65_HS1-834228961_62-HQ-83894_Section_2
Agency: FBI
Page 28
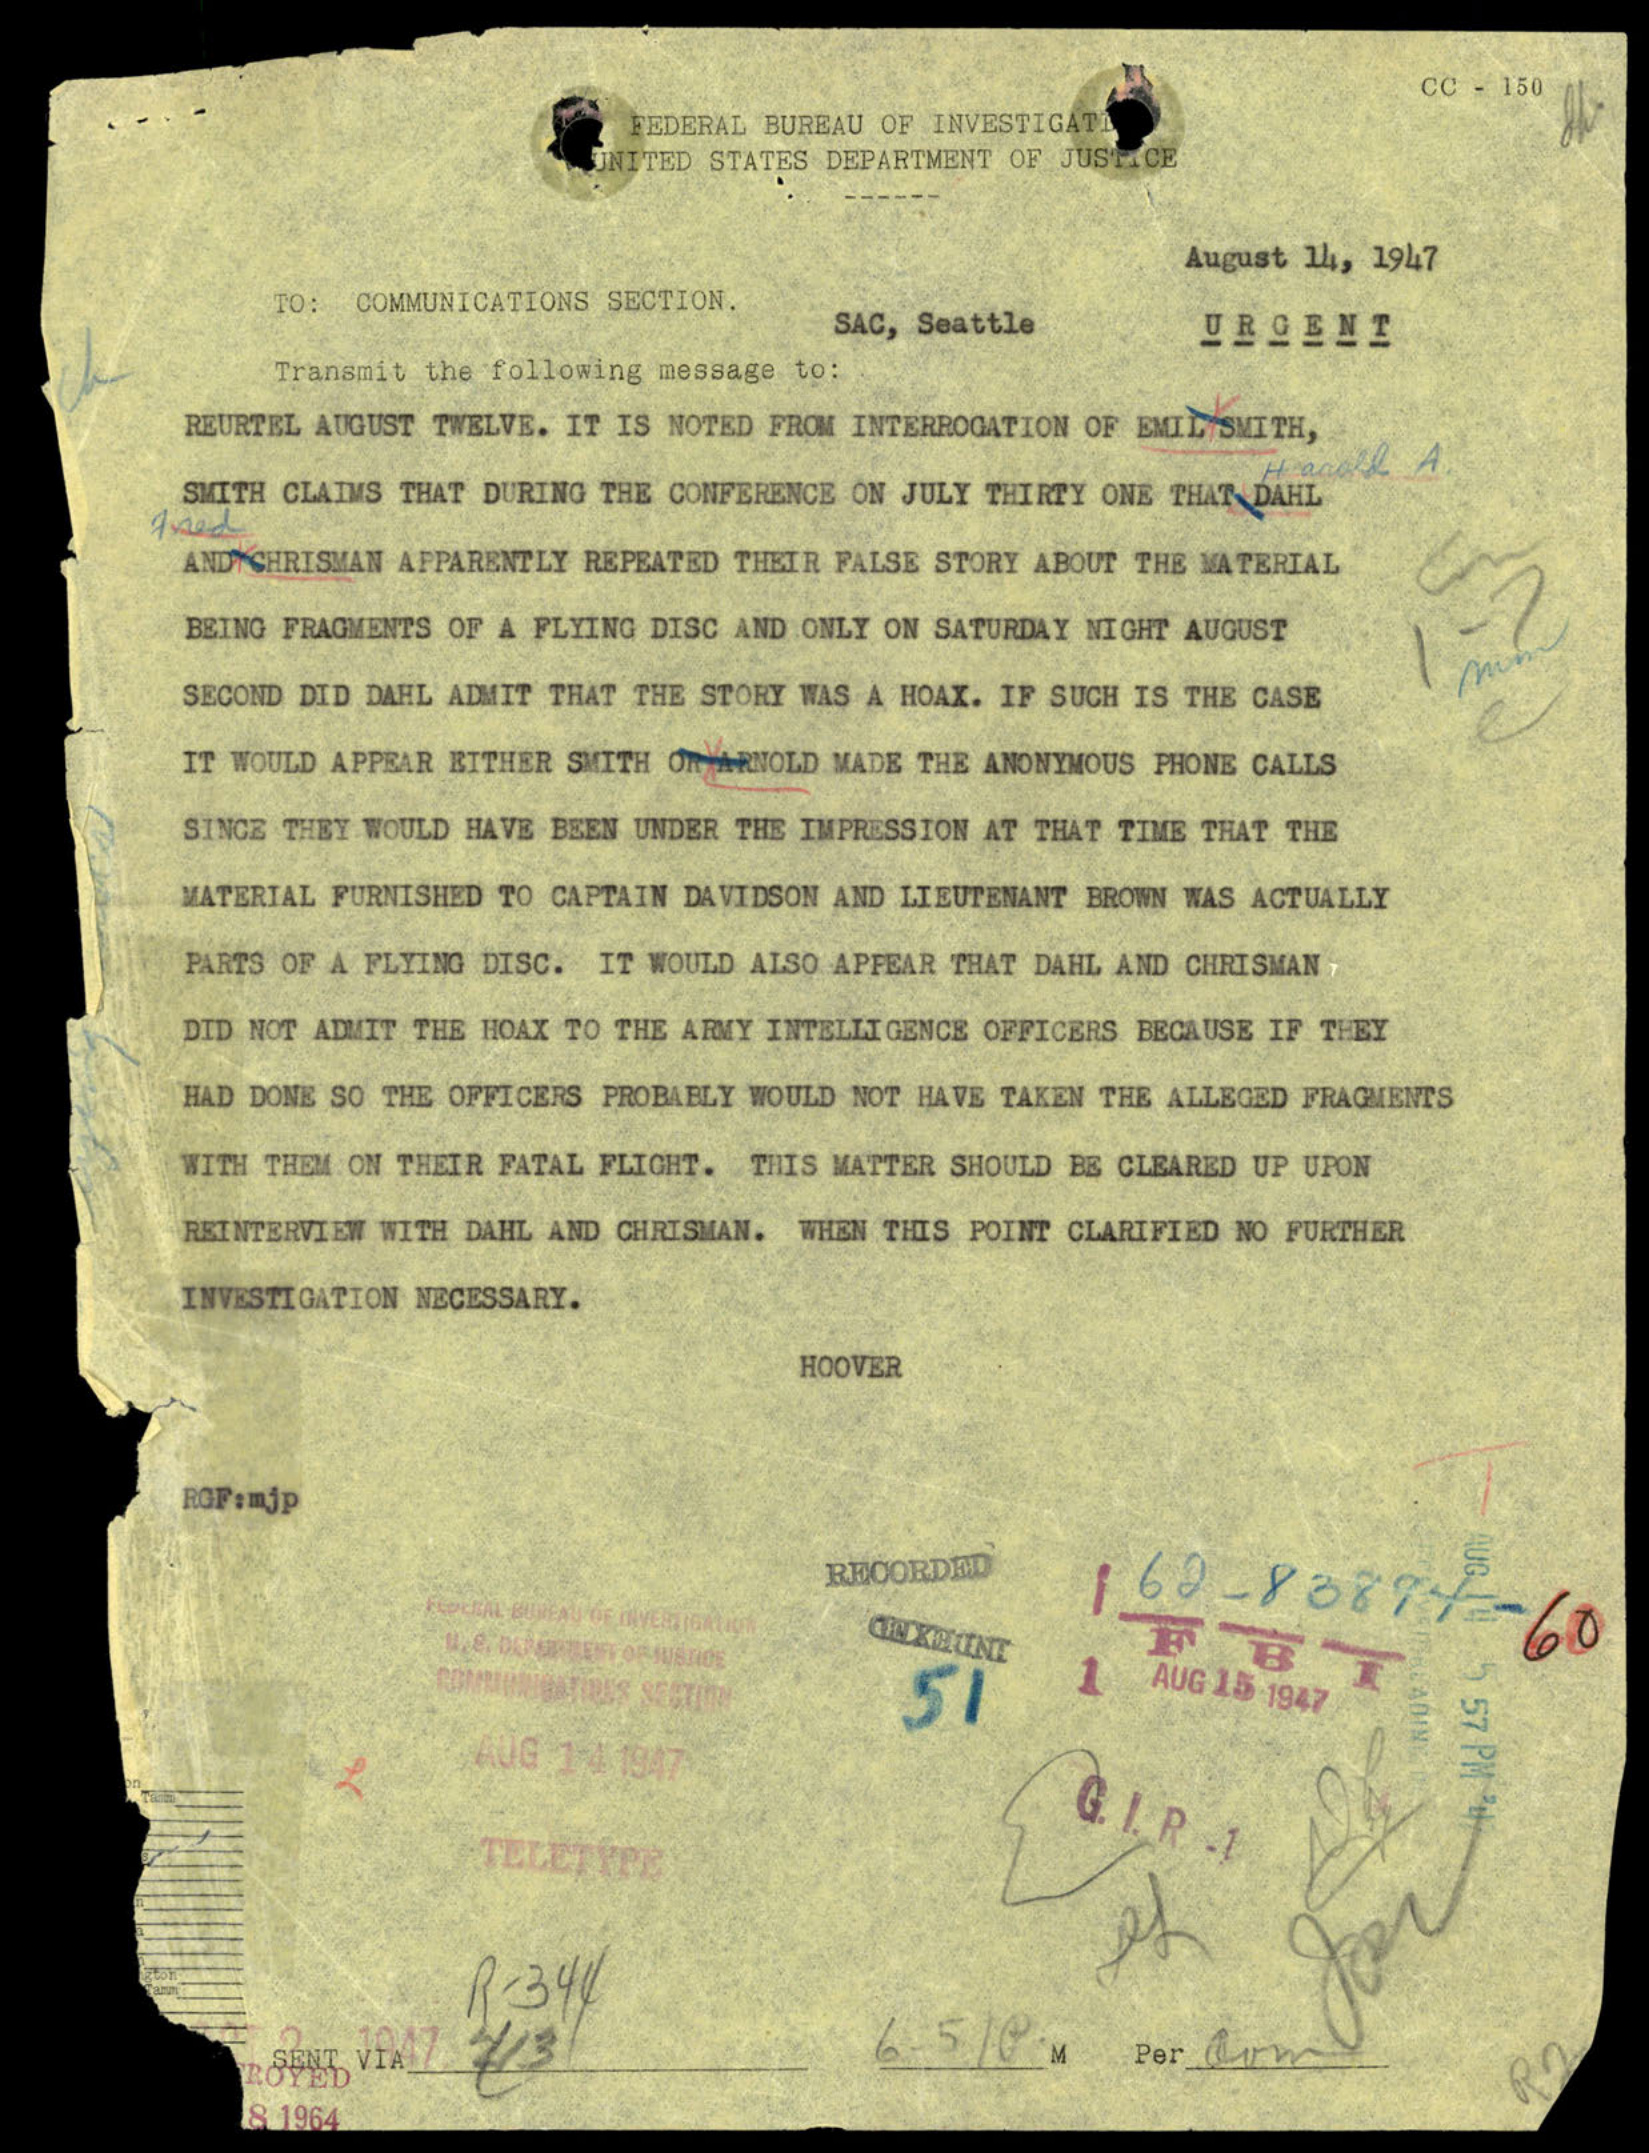